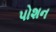
પોશન